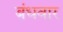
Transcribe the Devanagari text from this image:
बंधवार